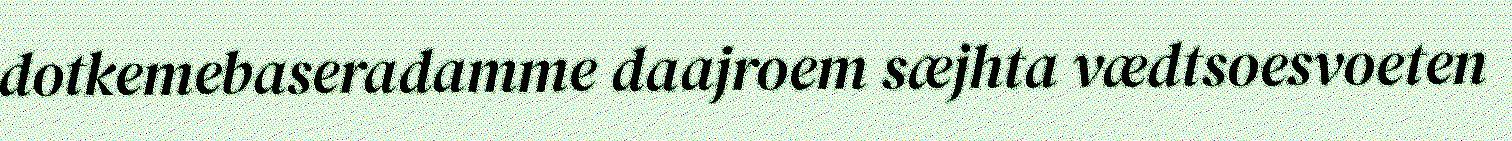
dotkemebaseradamme daajroem sæjhta vædtsoesvoeten